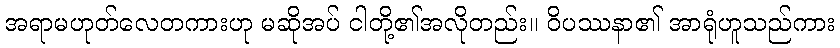
အရာမဟုတ်လေတကားဟု မဆိုအပ် ငါတို့၏အလိုတည်း။ ဝိပဿနာ၏ အာရုံဟူသည်ကား